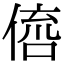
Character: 𠋭